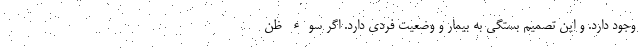
وجود دارد. و این تصمیم بستگی به بیمار و وضعیت فردی دارد. اگر سوء ظن